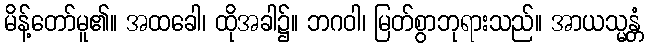
မိန့်တော်မူ၏။ အထခေါ၊ ထိုအခါ၌။ ဘဂဝါ၊ မြတ်စွာဘုရားသည်။ အာယသ္မန္တံ